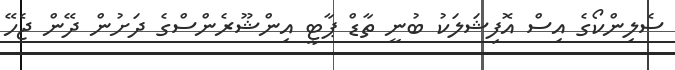
ސެލިންކޯގެ އިސް އޮފިޝަލަކު ބުނީ ތާޑް ޕާޓީ އިންޝޫރެންސްގެ ދަށުން ދޭން ޖެހޭ